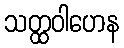
သတ္ထဝါဟေန